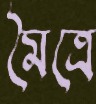
মৈত্রে